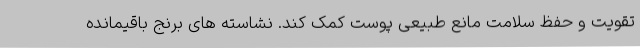
تقویت و حفظ سلامت مانع طبیعی پوست کمک کند. نشاسته های برنج باقیمانده